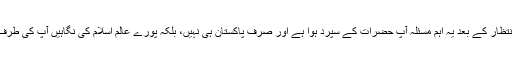
اب ایک طویل انتظار کے بعد یہ اہم مسئلہ آپ حضرات کے سپرد ہوا ہے اور صرف پاکستان ہی نہیں، بلکہ پورے عالم اسلام کی نگاہیں آپ کی طرف لگی ہوئی ہیں۔